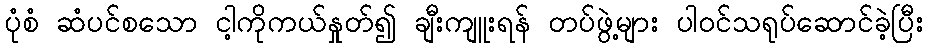
ပုံစံ ဆံပင်စသော ငါ့ကိုကယ်နှုတ်၍ ချီးကျူးရန် တပ်ဖွဲ့များ ပါဝင်သရုပ်ဆောင်ခဲ့ပြီး